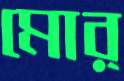
মোর্